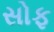
સોફ